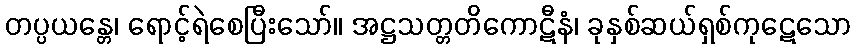
တပ္ပယန္တေ၊ ရောင့်ရဲစေပြီးသော်။ အဋ္ဌသတ္တတိကောဋီနံ၊ ခုနှစ်ဆယ်ရှစ်ကုဋေသော